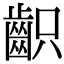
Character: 齞